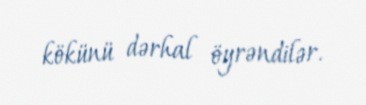
kökünü dərhal öyrəndilər.